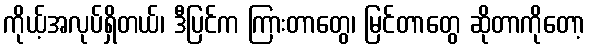
ကိုယ့်အလုပ်ရှိတယ်၊ ဒီပြင်က ကြားတာတွေ၊ မြင်တာတွေ ဆိုတာကိုတော့